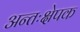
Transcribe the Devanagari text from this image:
अन्तःक्षेपक